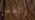
والطفل